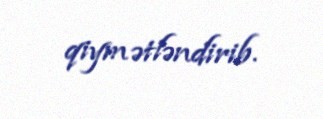
qiymətləndirib.